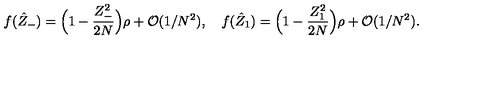
f ( \hat { Z } _ { - } ) = \Bigl ( 1 - { \frac { Z _ { - } ^ { 2 } } { 2 N } } \Bigr ) \rho + { \cal O } ( 1 / N ^ { 2 } ) , \quad f ( \hat { Z } _ { 1 } ) = \Bigl ( 1 - { \frac { Z _ { 1 } ^ { 2 } } { 2 N } } \Bigr ) \rho + { \cal O } ( 1 / N ^ { 2 } ) .